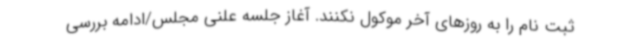
ثبت نام را به روزهای آخر موکول نکنند. آغاز جلسه علنی مجلس/ادامه بررسی